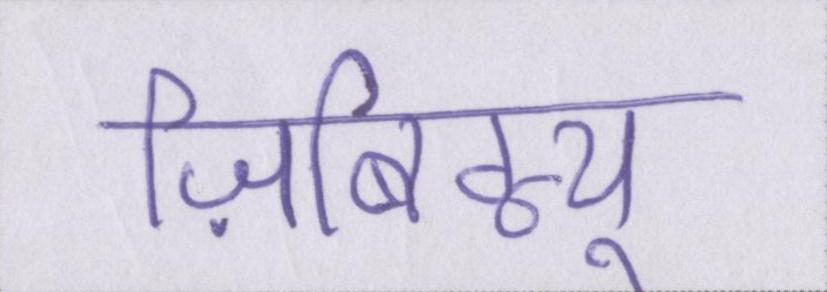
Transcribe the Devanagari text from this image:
ज़िबिग्न्यू